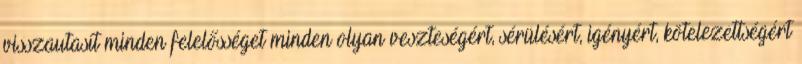
visszautasít minden felelősséget minden olyan veszteségért, sérülésért, igényért, kötelezettségért